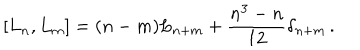
[ L _ { n } , L _ { m } ] = ( n - m ) L _ { n + m } + \frac { n ^ { 3 } - n } { 1 2 } \delta _ { n + m } \, .